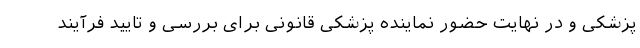
پزشکی و در نهایت حضور نماینده پزشکی قانونی برای بررسی و تایید فرآیند